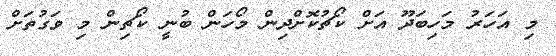
މި އަހަރު މަހިބަދޫ އަށް ކޯޗުކޮށްދިން މޯހަން ބުނީ ކޯޗިން މި ވަގުތަށް